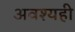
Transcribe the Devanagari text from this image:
अवश्यही